Petrogradi_Kontroll-Opteerimise_Komisjon, lk 363
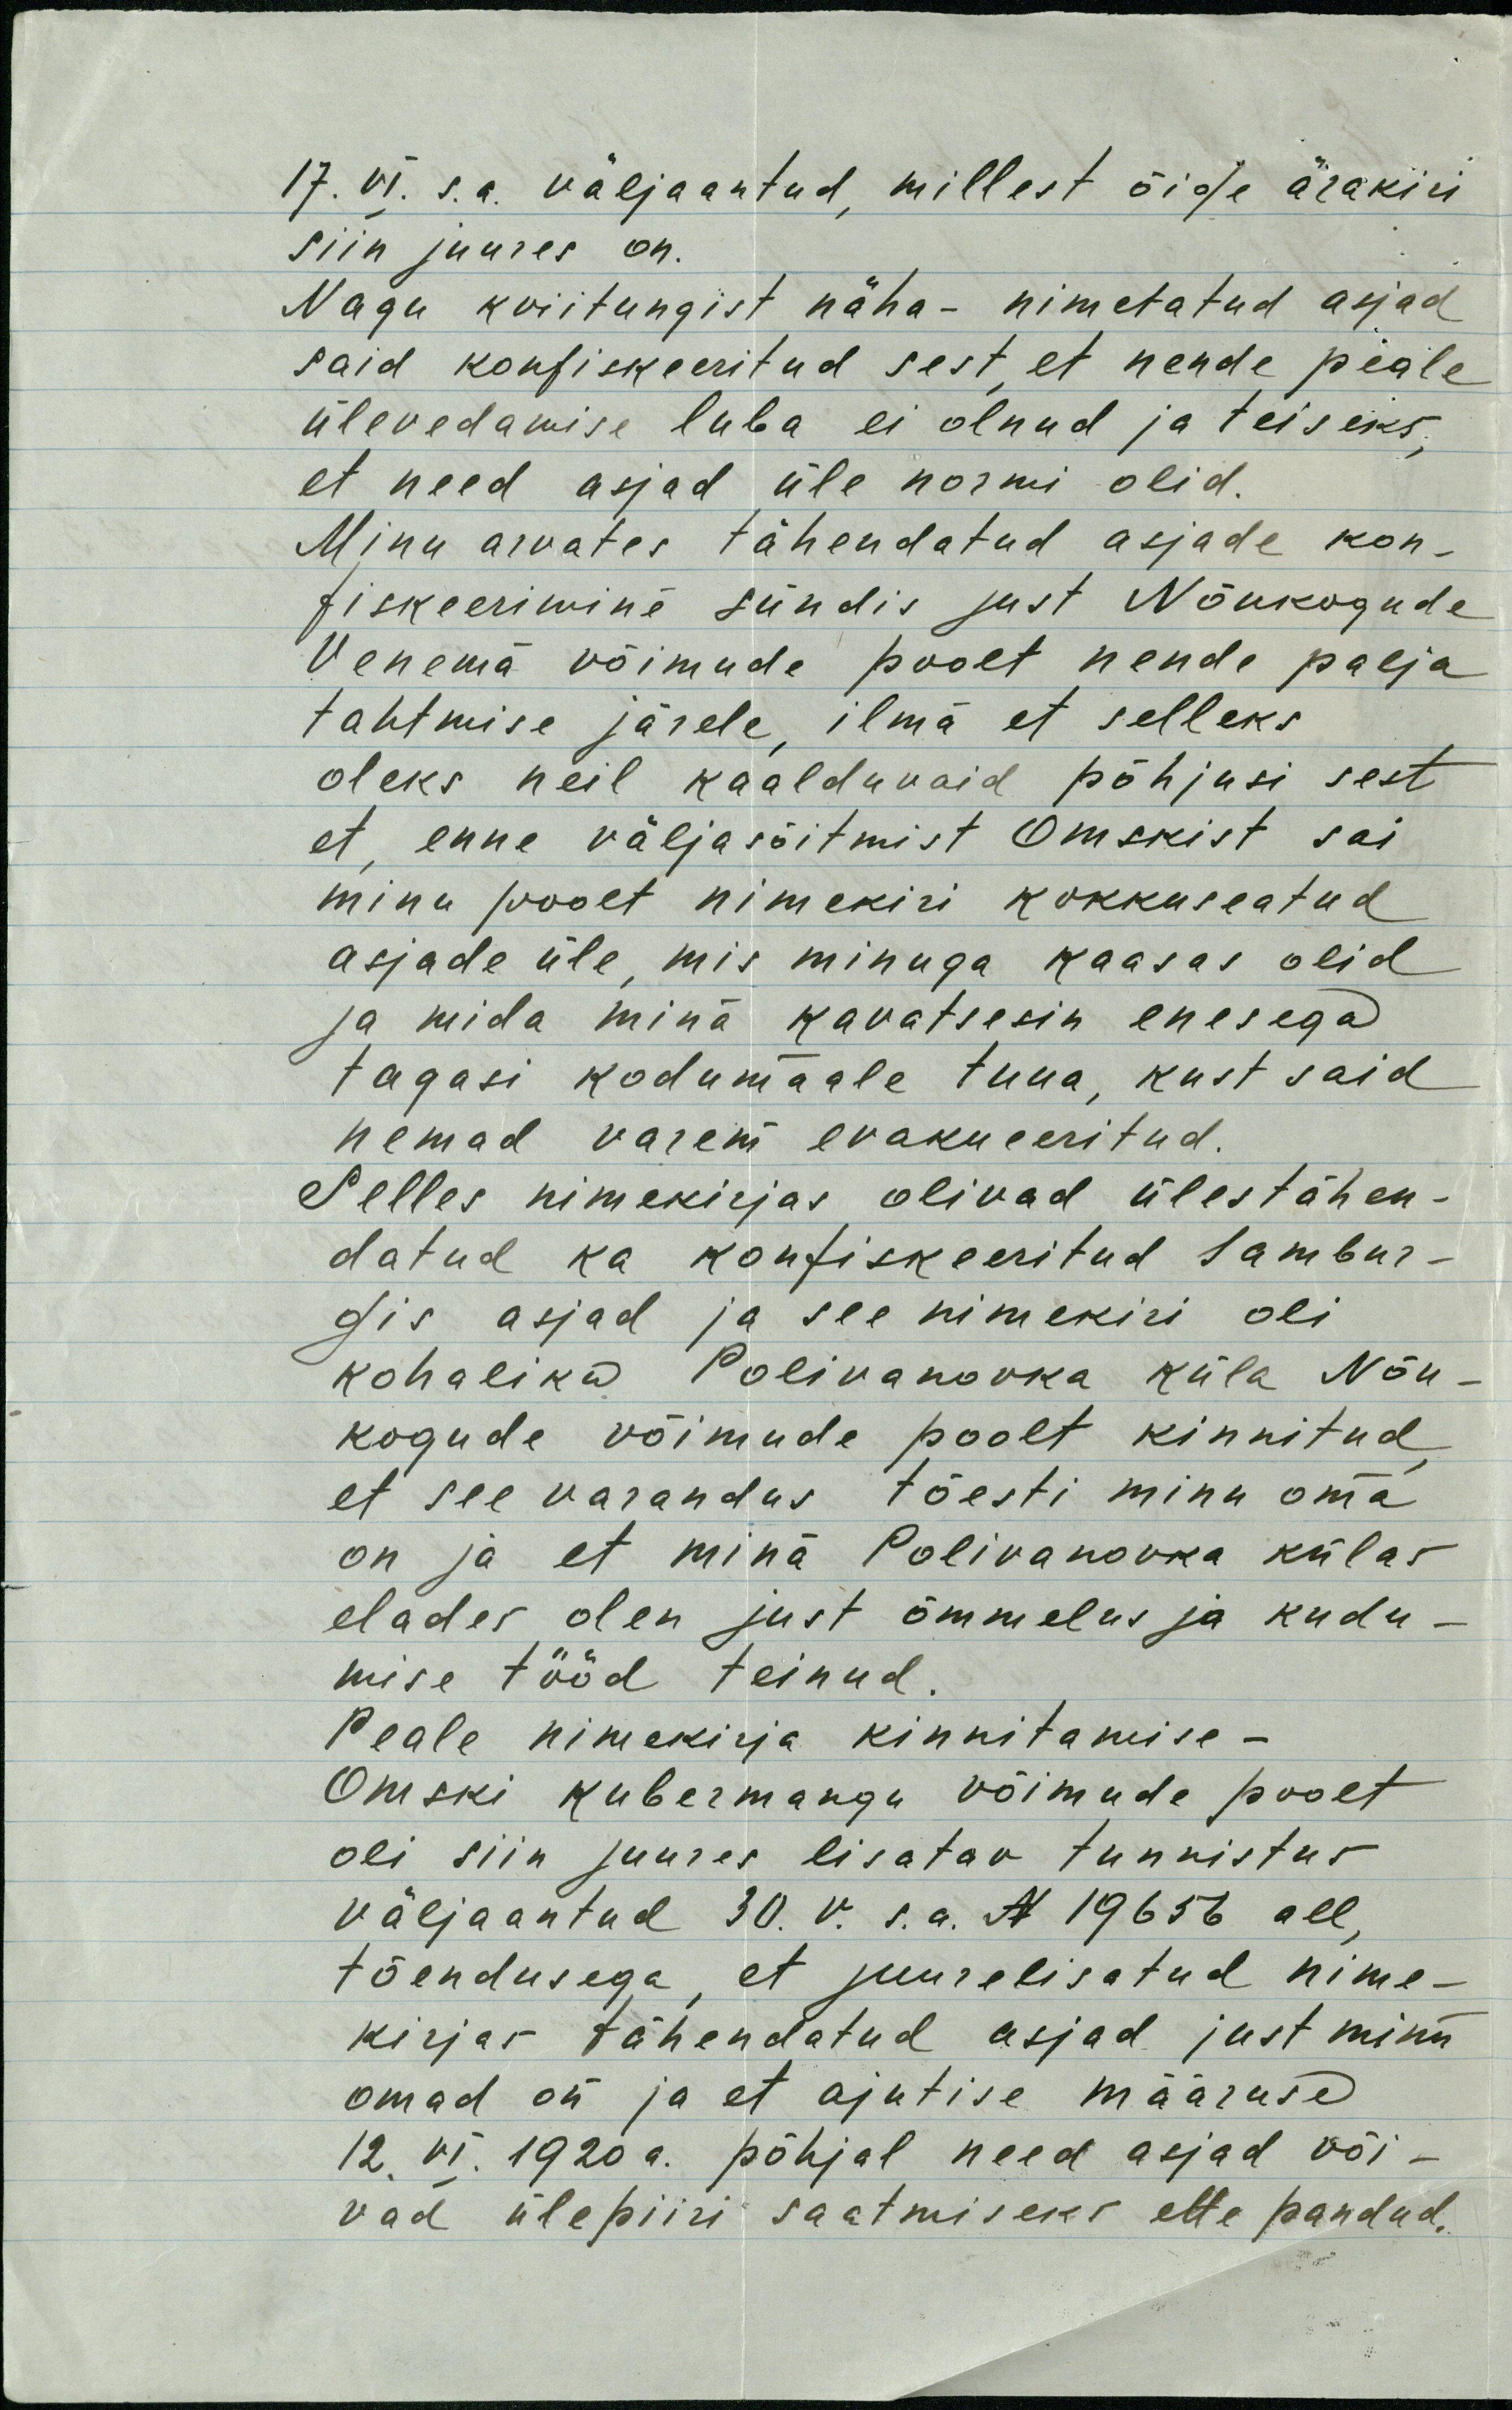
17. VI. s.a. välja antud, millest õige ärakiri
siin juures on.
Nagu kviitungist näha - nimetatud asjad
said konfiskeeritud sest, et nende peale
ülevedamise luba ei olnud ja teiseks,
et need asjad üle normi olid.
Minu arvates tähendatud asjade kon-
fiskeerimine sündis just Nõukogude
Venema võimude poolt nende palja
tahtmise järele, ilma et selleks
oleks neil kaalduvaid põhjusi sest
et, enne väljasõitmist Omskist sai
minu poolt nimekiri kokkuseatud
asjade üle, mis minuga kaasas olid
ja mida mina kavatsesin enesega
tagasi kodumaale tuua, kust said
nemad varem evakueeritud.
Selles nimekirjas olivad ülestähen-
datud ka konfiskeeritud Jambur-
gis asjad ja see nimekiri oli
kohaliku Polivanovka küla Nõu-
kogude võimude poolt kinnitud,
et see varandus tõesti minu oma
on ja et mina Polivanovka külas
elades olen just õmmelus ja kudu-
mise tööd teinud.
Peale nimekirja kinnitamise -
Omski kubermangu võimude poolt
oli siin juures lisatav tunnistus
väljaantud 30.V. s.a. N 19656 all,
tõendusega, et juurelisatud nime-
kirjas tähendatud asjad just minu
omad on ja et ajutise määruse
12. VI. 1920 a. põhjal need asjad või-
vad ülepiiri saatmiseks ette pandud.